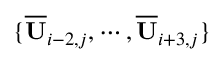
\{ \overline { { \mathbf { U } } } _ { i - 2 , j } , \cdots , \overline { { \mathbf { U } } } _ { i + 3 , j } \}